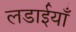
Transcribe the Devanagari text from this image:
लडाईयाँ